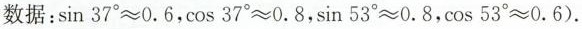
数据：$$\sin 3 7 ° ≈ 0 . 6$$，$$\cos 3 7 ° ≈ 0 . 8$$，$$\sin 5 3 ° ≈ 0 . 8$$，$$\cos 5 3 ° ≈ 0 . 6$$).